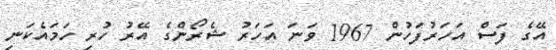
އޭގެ ފަސް އަހަރުފަހުން 1967 ވަނަ އަހަރު ޝެރޯންގެ އޭރު ހުރި ހަމައެކަނި